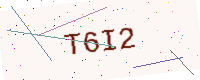
Text: T6I2